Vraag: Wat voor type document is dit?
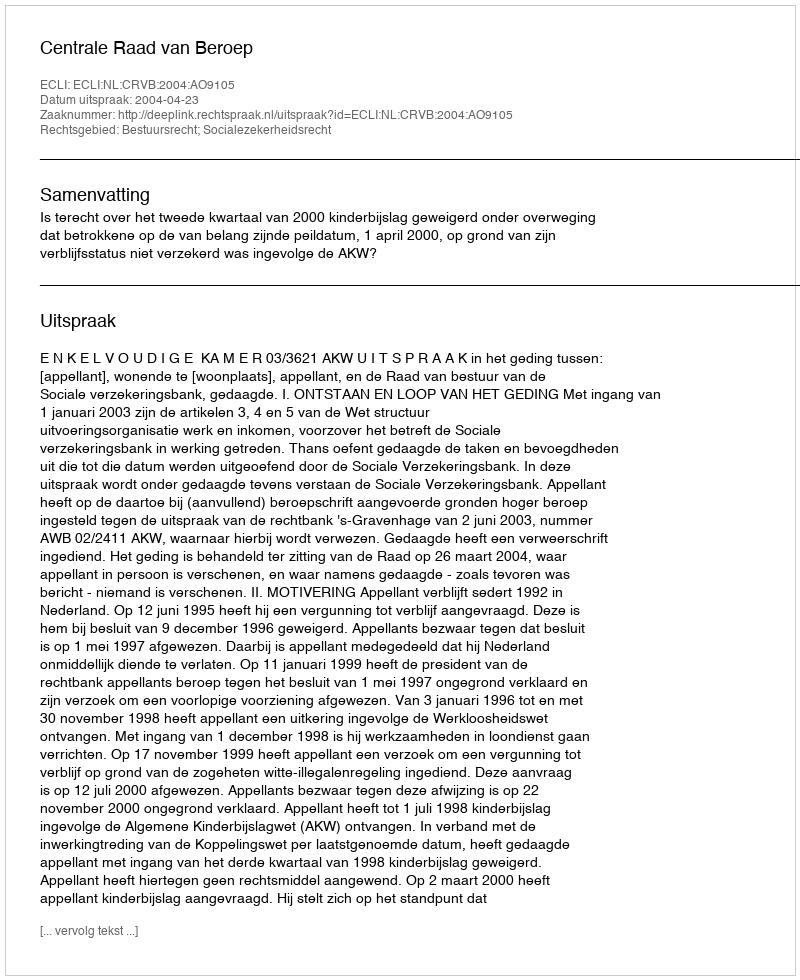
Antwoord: Uitspraak